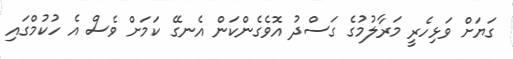
ގަޔަށް ވަޅިހެރީ މަރާލުމުގެ ގަސްދު އޮވެގެންކަން އެނގޭ ކަމަށް ވެސް އެ ހުކުމްގައި